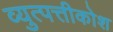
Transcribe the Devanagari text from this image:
व्युत्पत्तीकोश